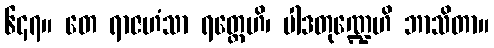
၆၄၇။ တေ ရာဇဟံသာ ရတ္တေဟိ၊ ပါဒတုဏ္ဍေဟိ ဘာသိတာ။